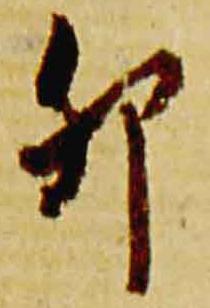
卯